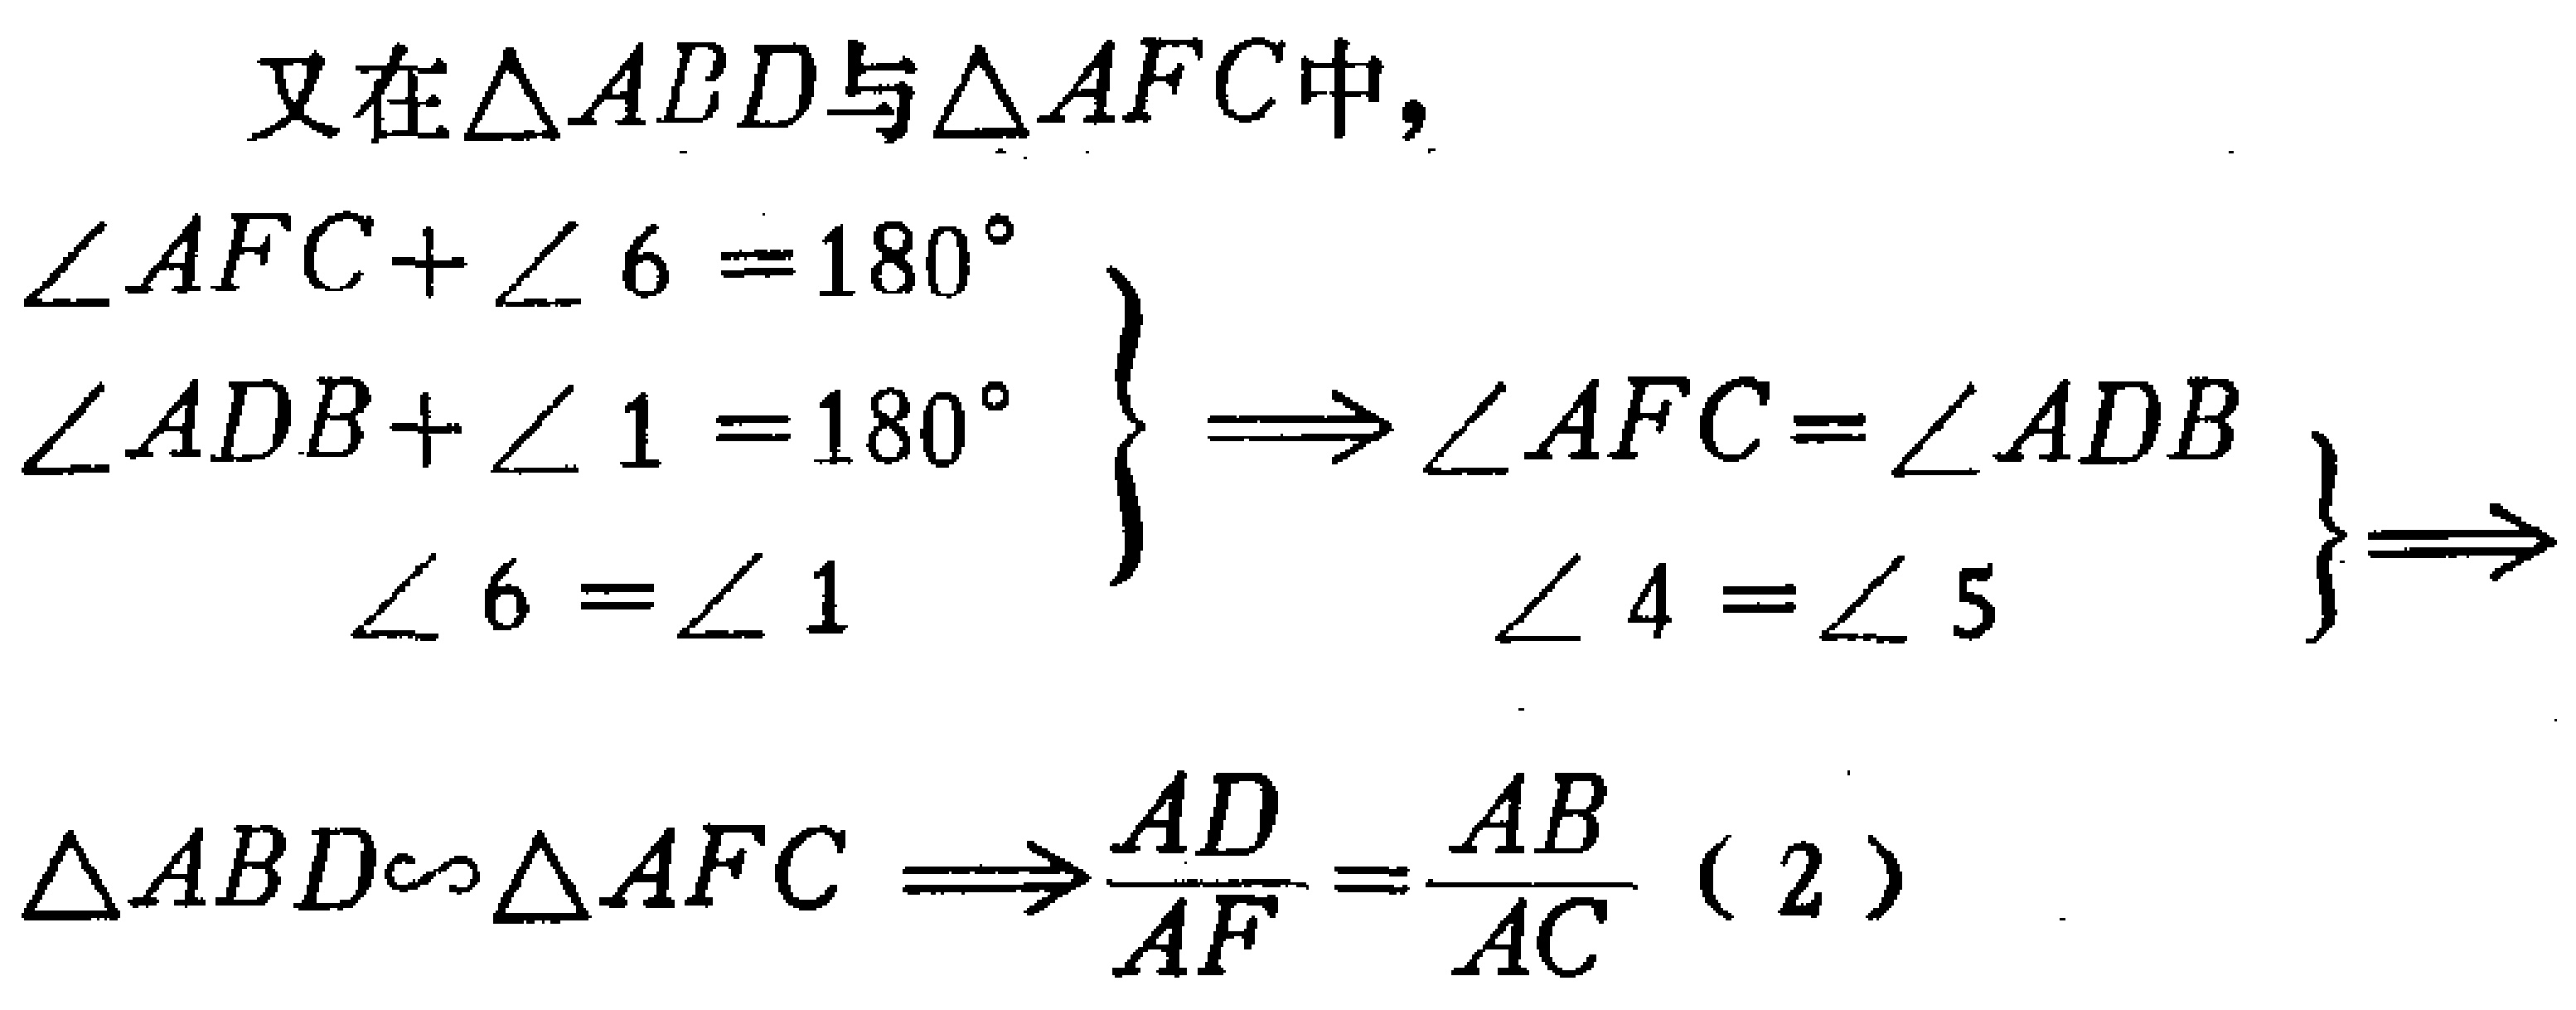
\[

\begin{align*}

&\text{又在}\triangle ABD\text{与}\triangle AFC\text{中},\\

&\left.\begin{array}{l}

\angle AFC + \angle 6 = 180^{\circ}\\

\angle ADB+\angle 1 = 180^{\circ}\\

\angle 6=\angle 1

\end{array}\right\}

\Rightarrow

\left.\begin{array}{l}

\angle AFC=\angle ADB\\

\angle 4 = \angle 5

\end{array}\right\}\\

&\triangle ABD\sim\triangle AFC\Rightarrow\frac{AD}{AF}=\frac{AB}{AC}\ (2)

\end{align*}

\]